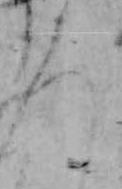
ろ